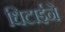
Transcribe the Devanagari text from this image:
धिटाईने